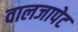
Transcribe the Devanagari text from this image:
वालजापेट